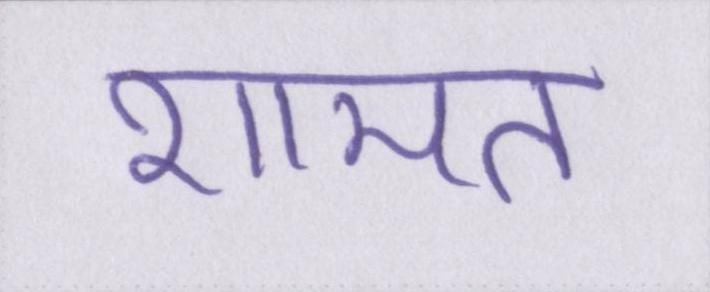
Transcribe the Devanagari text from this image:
शामत